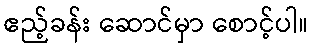
ဧည့်ခန်း ဆောင်မှာ စောင့်ပါ။